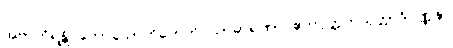
အဗာဟိရန္တိ ကောသောဟိတေတိ သာဓာရဏာ ဧကပုတ္တကသုတ္တာဒိဝဏ္ဏနာ